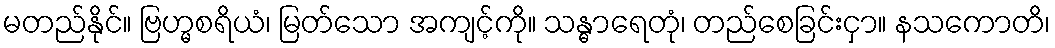
မတည်နိုင်။ ဗြဟ္မစရိယံ၊ မြတ်သော အကျင့်ကို။ သန္ဓာရေတုံ၊ တည်စေခြင်းငှာ။ နသကောတိ၊